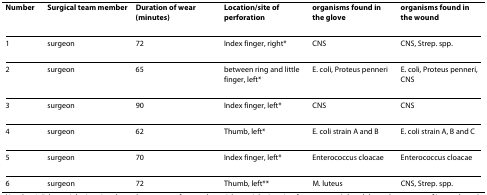
<table><thead><tr><td><b>Number</b></td><td><b>Surgical team member</b></td><td><b>Duration of wear (minutes)</b></td><td><b>Location/site of perforation</b></td><td><b>organisms found in the glove</b></td><td><b>organisms found in the wound</b></td></tr></thead><tbody><tr><td>1</td><td>surgeon</td><td>72</td><td>Index finger, right*</td><td>CNS</td><td>CNS, Strep. spp.</td></tr><tr><td>2</td><td>surgeon</td><td>65</td><td>between ring and little finger, left*</td><td>E. coli, Proteus penneri</td><td>E. coli, Proteus penneri, CNS</td></tr><tr><td>3</td><td>surgeon</td><td>90</td><td>Index finger, left*</td><td>CNS</td><td>CNS</td></tr><tr><td>4</td><td>surgeon</td><td>62</td><td>Thumb, left*</td><td>E. coli strain A and B</td><td>E. coli strain A, B and C</td></tr><tr><td>5</td><td>surgeon</td><td>70</td><td>Index finger, left*</td><td>Enterococcus cloacae</td><td>Enterococcus cloacae</td></tr><tr><td>6</td><td>surgeon</td><td>72</td><td>Thumb, left**</td><td>M. luteus</td><td>CNS, Strep. spp.</td></tr></tbody></table>